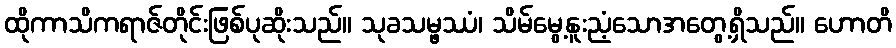
ထိုကာသိကရာဇ်တိုင်းဖြစ်ပုဆိုးသည်။ သုခသမ္ဖဿံ၊ သိမ်မွေ့နူးညံ့သောအတွေ့ရှိသည်။ ဟောတိ